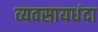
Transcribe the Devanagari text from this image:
व्यवसायधंदा